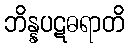
ဘိန္နပဋဓရာတိ